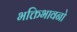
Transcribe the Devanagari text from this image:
भक्तिभावनो